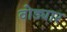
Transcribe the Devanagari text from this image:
वोड्यार